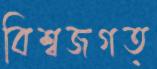
বিশ্বজগত্